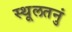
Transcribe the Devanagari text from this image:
स्थूलतनुं